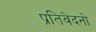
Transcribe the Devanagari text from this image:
प्रतिवेदनो